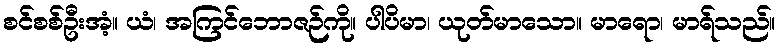
စင်စစ်ဦးအံ့။ ယံ၊ အကြင်ဘောဇဉ်ကို။ ပါပိမာ၊ ယုတ်မာသော။ မာရော၊ မာရ်သည်။